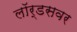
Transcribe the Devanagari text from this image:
लॉर्डसवर